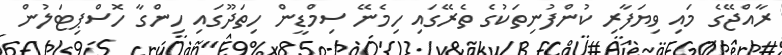
ރާއްޖޭގެ މައި ވިޔަފާރި ކުންފުނިތަކުގެ ތެރޭގައި ހިމެނޭ ސިމްޑީން ހިތަދޫގައި ހިންގާ ހޮސްޕިޓަލުން